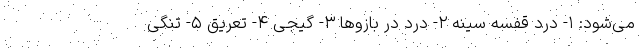
می‌شود: ۱- درد قفسه سینه ۲- درد در بازو‌ها ۳- گیجی ۴- تعریق ۵- تنگی